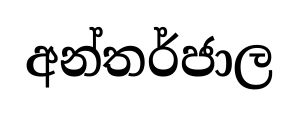
අන්තර්ජාල